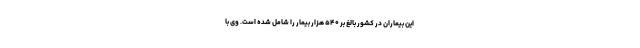
این بیماران در کشور بالغ بر ۵۴۰ هزار بیمار را شامل شده است. وی با